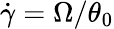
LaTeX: \dot{\gamma}=\Omega/\theta_{0}